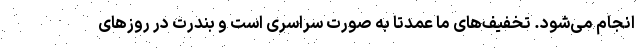
انجام می­شود. تخفیف‌های ما عمدتا به صورت سراسری است و بندرت در روزهای